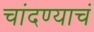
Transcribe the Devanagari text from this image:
चांदण्याचं